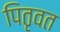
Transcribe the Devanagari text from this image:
पितृवत